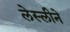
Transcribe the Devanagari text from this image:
लेस्‍लीने